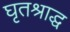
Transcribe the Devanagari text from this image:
घृतश्राद्ध